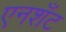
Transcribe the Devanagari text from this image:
एनशॅंट